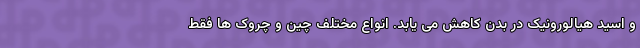
و اسید هیالورونیک در بدن کاهش می یابد. انواع مختلف چین و چروک ها فقط